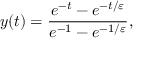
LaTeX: y ( t ) = { \frac { e ^ { - t } - e ^ { - t / \varepsilon } } { e ^ { - 1 } - e ^ { - 1 / \varepsilon } } } ,